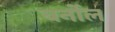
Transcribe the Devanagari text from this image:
बर्नोल